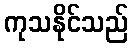
ကုသနိုင်သည်